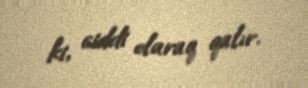
ki, ciddi olaraq qalır.